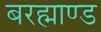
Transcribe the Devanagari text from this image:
बरह्माण्ड